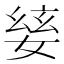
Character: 𡞅